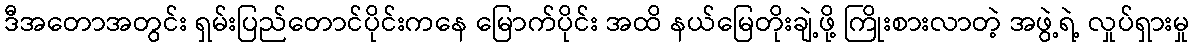
ဒီအတောအတွင်း ရှမ်းပြည်တောင်ပိုင်းကနေ မြောက်ပိုင်း အထိ နယ်မြေတိုးချဲ့ဖို့ ကြိုးစားလာတဲ့ အဖွဲ့ရဲ့ လှုပ်ရှားမှု